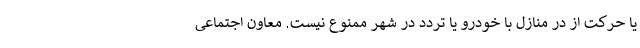
یا حرکت از در منازل با خودرو یا تردد در شهر ممنوع نیست. معاون اجتماعی